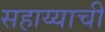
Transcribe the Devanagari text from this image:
सहाय्याची